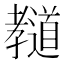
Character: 𰌲